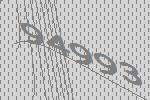
94993